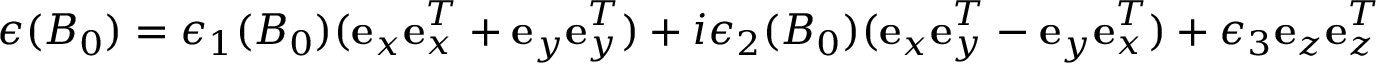
\boldsymbol { \epsilon } ( B _ { 0 } ) = \epsilon _ { 1 } ( B _ { 0 } ) ( { \mathbf e } _ { x } { \mathbf e } _ { x } ^ { T } + { \mathbf e } _ { y } { \mathbf e } _ { y } ^ { T } ) + i \epsilon _ { 2 } ( B _ { 0 } ) ( { \mathbf e } _ { x } { \mathbf e } _ { y } ^ { T } - { \mathbf e } _ { y } { \mathbf e } _ { x } ^ { T } ) + \epsilon _ { 3 } { \mathbf e } _ { z } { \mathbf e } _ { z } ^ { T }